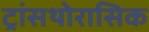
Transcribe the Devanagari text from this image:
ट्रांसथोरासिक